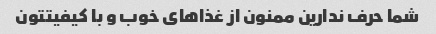
شما حرف ندارین ممنون از غذاهای خوب و با کیفیتتون